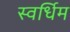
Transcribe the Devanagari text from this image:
स्वर्धिम